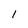
Character: I